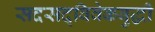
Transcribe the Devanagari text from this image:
सदसद्‌विवेकबुद्धी